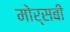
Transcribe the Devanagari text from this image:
मोर्सबी